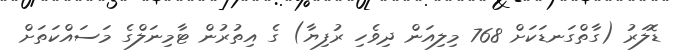
ޑޮލަރު (ގާތްގަނޑަކަށް 768 މިލިއަން ދިވެހި ރުފިޔާ) ގެ އިތުރުން ޓާމިނަލްގެ މަސައްކަތަށް